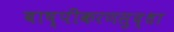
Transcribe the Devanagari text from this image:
बाष्पीकरणसुद्धा